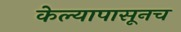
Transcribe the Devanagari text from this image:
केल्यापासूनच